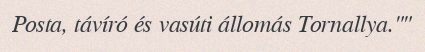
Posta, távíró és vasúti állomás Tornallya.""